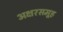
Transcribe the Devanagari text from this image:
अक्षरसमूह